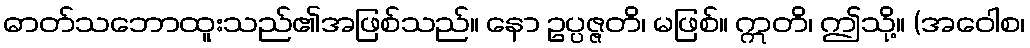
ဓာတ်သဘောထူးသည်၏အဖြစ်သည်။ နော ဥပ္ပဇ္ဇတိ၊ မဖြစ်။ ဣတိ၊ ဤသို့။ (အဝေါစ၊